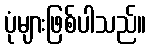
ပုံများဖြစ်ပါသည်။